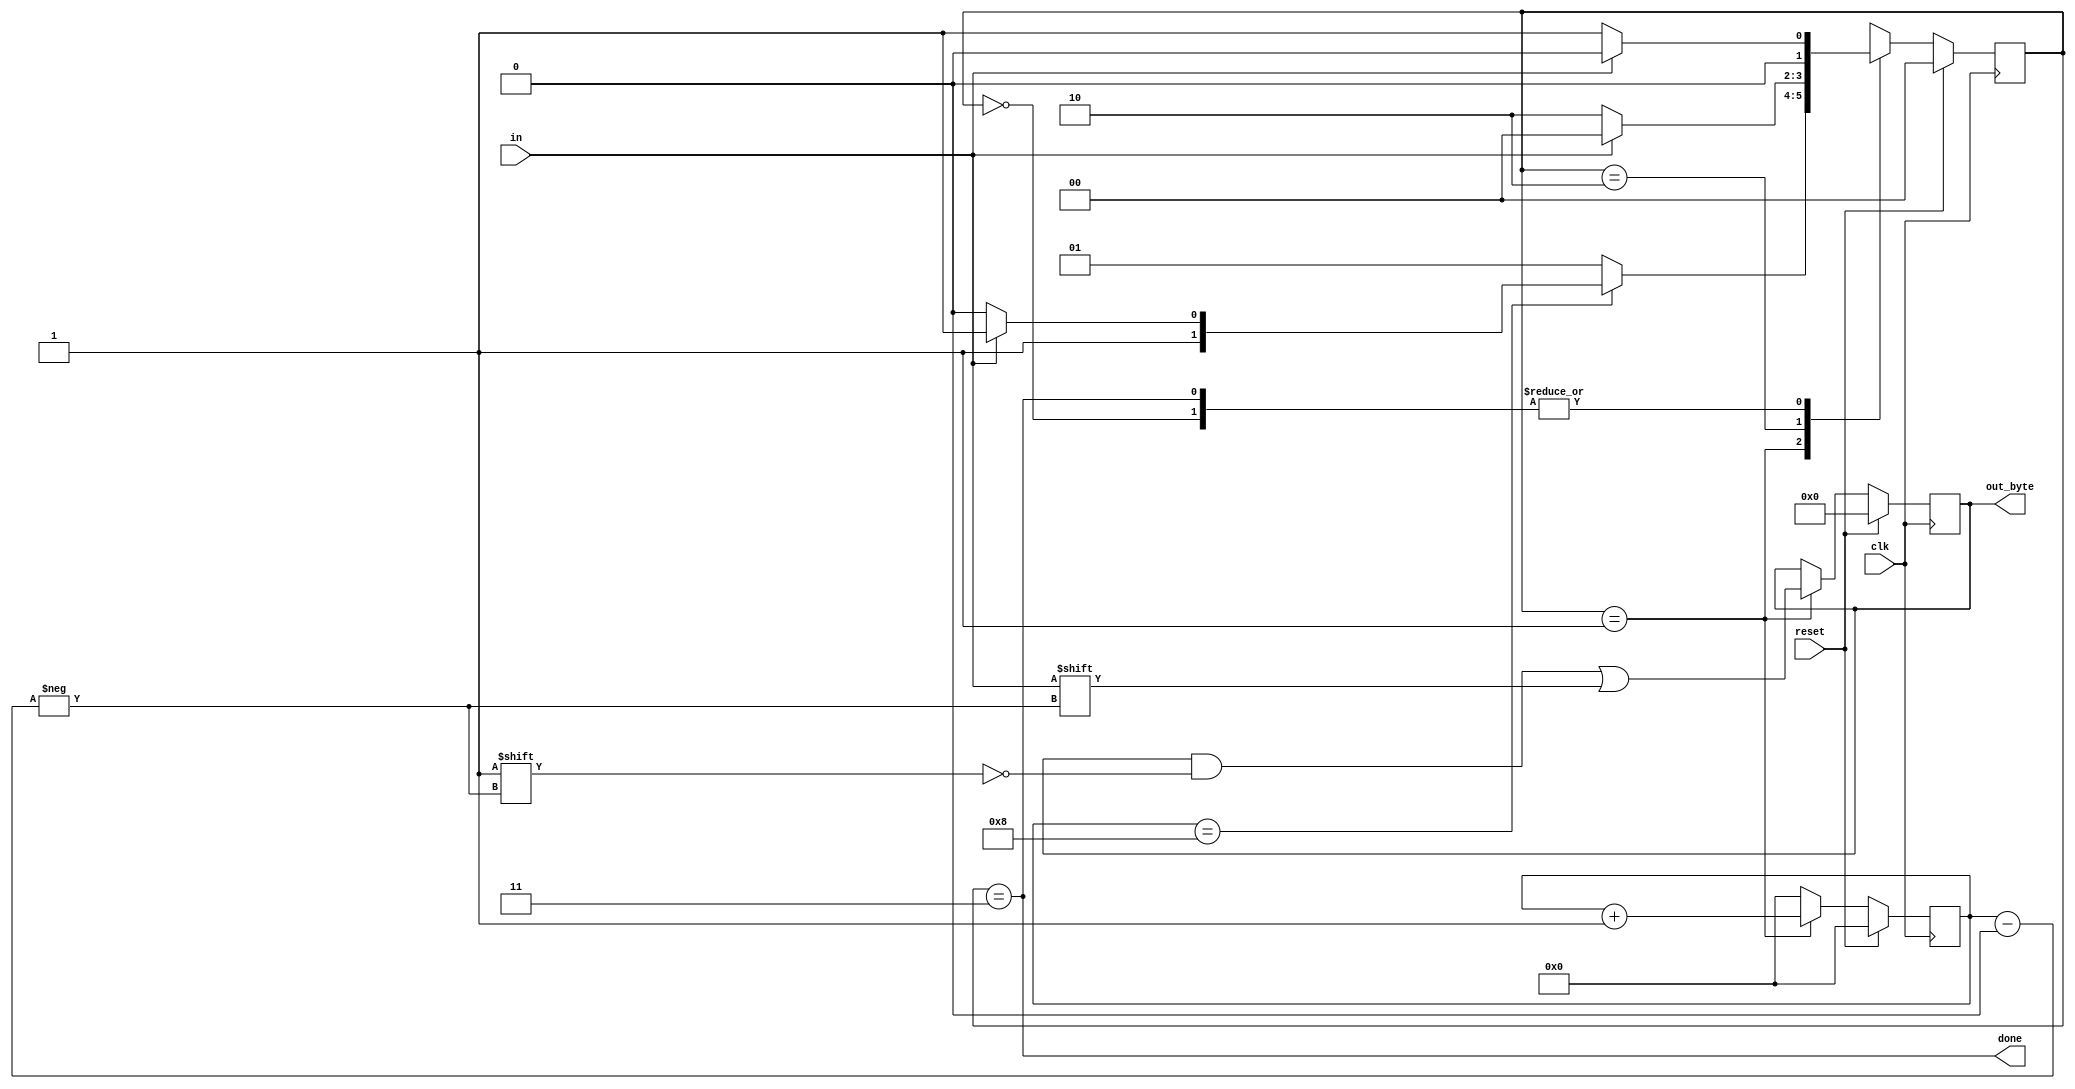
module top_module(
    input clk,
    input in,
    input reset,
    output reg [7:0] out_byte,
    output done
);

    parameter IDLE=2'b00,
              READ=2'b01,
              ERR =2'b10,
              DONE=2'b11;

    reg  [1:0] curr_state, next_state;
    // reg  [7:0] out_byte;
    reg  [3:0] cnt;

    wire cnt_en;

    assign cnt_en=(cnt==4'd8);
    reg [7:0]temp;


    always@ (posedge clk) begin
        if(reset) curr_state<=      IDLE;
        else      curr_state<=next_state;
    end


    always@ (posedge clk) begin
        if(reset) cnt<=4'b0;
        else if ((curr_state==READ)) cnt<=cnt+1'b1;
        else      cnt<=4'b0;

    end


    always@(*) begin
        case(curr_state)
            IDLE:   if(in) next_state=IDLE;
                    else   next_state=READ;
            
            READ:   if(cnt_en) 
                        if(in) next_state=DONE;
                        else   next_state= ERR;
                    
                    else       next_state=READ;

            ERR :  if(in) next_state=IDLE;
                   else   next_state= ERR;
            
            DONE:  if(in) next_state=IDLE;
                   else   next_state=READ;

            // default:      next_state=IDLE;
        endcase
    end

    always @(posedge clk) begin
        if(reset)                  temp<= 8'b0;
        else if (curr_state==READ) temp[cnt]<=in;

    end

    assign out_byte=temp;

    assign done=(curr_state==DONE);


endmodule